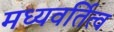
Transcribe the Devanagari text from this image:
मध्यवर्तित्व